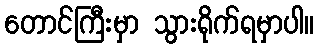
တောင်ကြီးမှာ သွားရိုက်ရမှာပါ။